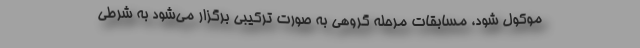
موکول شود، مسابقات مرحله گروهی به صورت ترکیبی برگزار می‌شود به شرطی